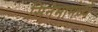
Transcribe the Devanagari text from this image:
सिनेमामंध्ये